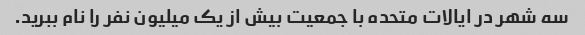
سه شهر در ایالات متحده با جمعیت بیش از یک میلیون نفر را نام ببرید.